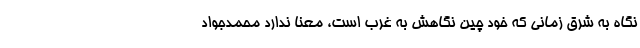
نگاه به شرق زمانی که خود چین نگاهش به غرب است، معنا ندارد محمدجواد